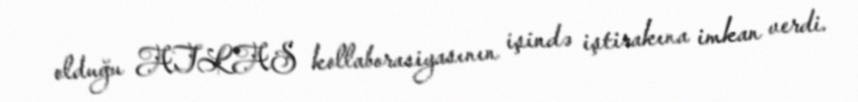
olduğu ATLAS kollaborasiyasının işində iştirakına imkan verdi.